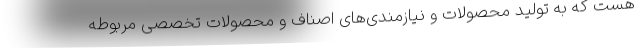
هست که به تولید محصولات و نیازمندی‌های اصناف و محصولات تخصصی مربوطه